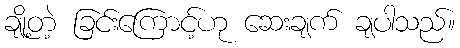
ချို့တဲ့ ခြင်းကြောင့်ဟု ဆေးချက် ချပါသည်။